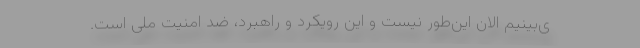
ی‌بینیم الان این‌طور نیست و این رویکرد و راهبرد، ضد امنیت ملی است.